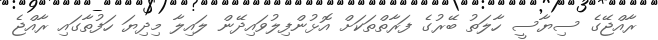
ރާއްޖޭގެ ސިޔާސީ ހާލަތު ބޭރުގެ ފަރާތްތަކަށް އޮޅުންފިލުވައިދޭން ލައިލާ މިދިޔަ ހަފުތާގައި ރާއްޖެ